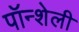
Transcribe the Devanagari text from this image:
पॉन्शेली